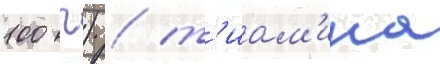
100 г) / т'иам'ина